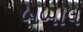
બબાલ